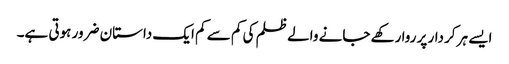
ایسے ہر کردار پر روا رکھے جانے والے ظلم کی کم سے کم ایک داستان ضرور ہوتی ہے۔